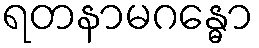
ရတနာမဂန္ဓော